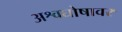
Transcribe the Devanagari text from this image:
अश्वघोषावर